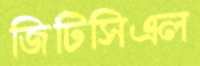
জিটিসিএল